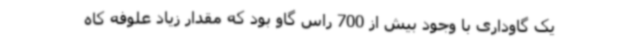
یک گاوداری با وجود بیش از 700 راس گاو بود که مقدار زیاد علوفه کاه